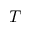
T